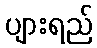
ပျားရည်